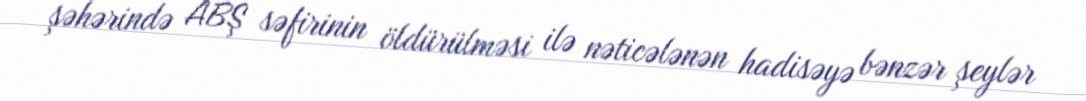
şəhərində ABŞ səfirinin öldürülməsi ilə nəticələnən hadisəyə bənzər şeylər